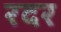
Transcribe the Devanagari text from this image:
रदर